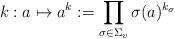
LaTeX: \begin{align*}k : a \mapsto a^{k} := \prod_{\sigma \in \Sigma_v} \sigma(a)^{k_\sigma}\end{align*}